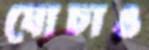
ঘোচাও